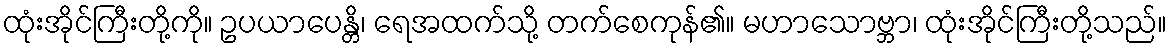
ထုံးအိုင်ကြီးတို့ကို။ ဥပယာပေန္တိ၊ ရေအထက်သို့ တက်စေကုန်၏။ မဟာသောဗ္ဘာ၊ ထုံးအိုင်ကြီးတို့သည်။